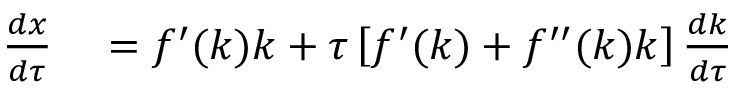
\begin{array} { r l } { { \frac { d x } { d \tau } } } & { { } = f ^ { \prime } ( k ) k + \tau \left[ f ^ { \prime } ( k ) + f ^ { \prime \prime } ( k ) k \right] { \frac { d k } { d \tau } } } \end{array}